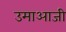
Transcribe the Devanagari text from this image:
उमाआजी